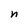
Character: n